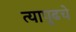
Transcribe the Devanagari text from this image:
त्यापुढचे